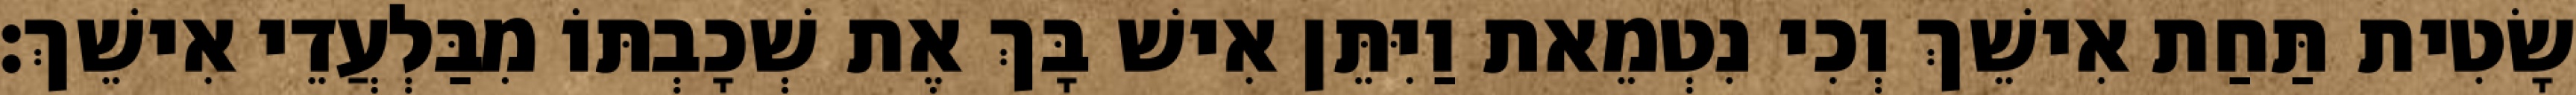
שָׂטִית תַּחַת אִישֵׁךְ וְכִי נִטְמֵאת וַיִּתֵּן אִישׁ בָּךְ אֶת שְׁכָבְתּוֹ מִבַּלְעֲדֵי אִישֵׁךְ׃